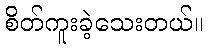
စိတ်ကူးခဲ့သေးတယ်။